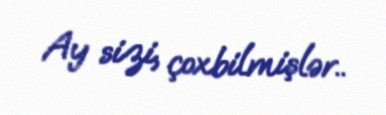
Ay sizi, çoxbilmişlər..